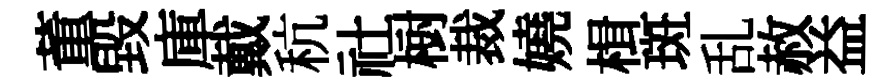
董毀庫戴秔社𣗳裁嬈楫斑乱赦益